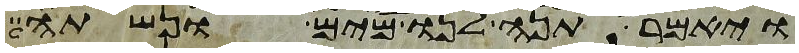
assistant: ויאמר תנה לנו מים ונשתה